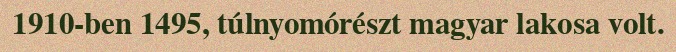
1910-ben 1495, túlnyomórészt magyar lakosa volt.